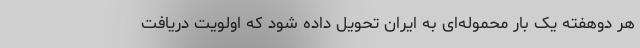
هر دوهفته یک بار محموله‌ای به ایران تحویل داده شود که اولویت دریافت